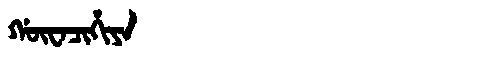
Manchu: ᡤᡡᠸᠠᠴᡳᡥᡳᠶᠠ
Romanization: GŪWACIHIYA